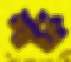
শার্ফ